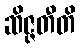
ဆိဇ္ဇတီတိ